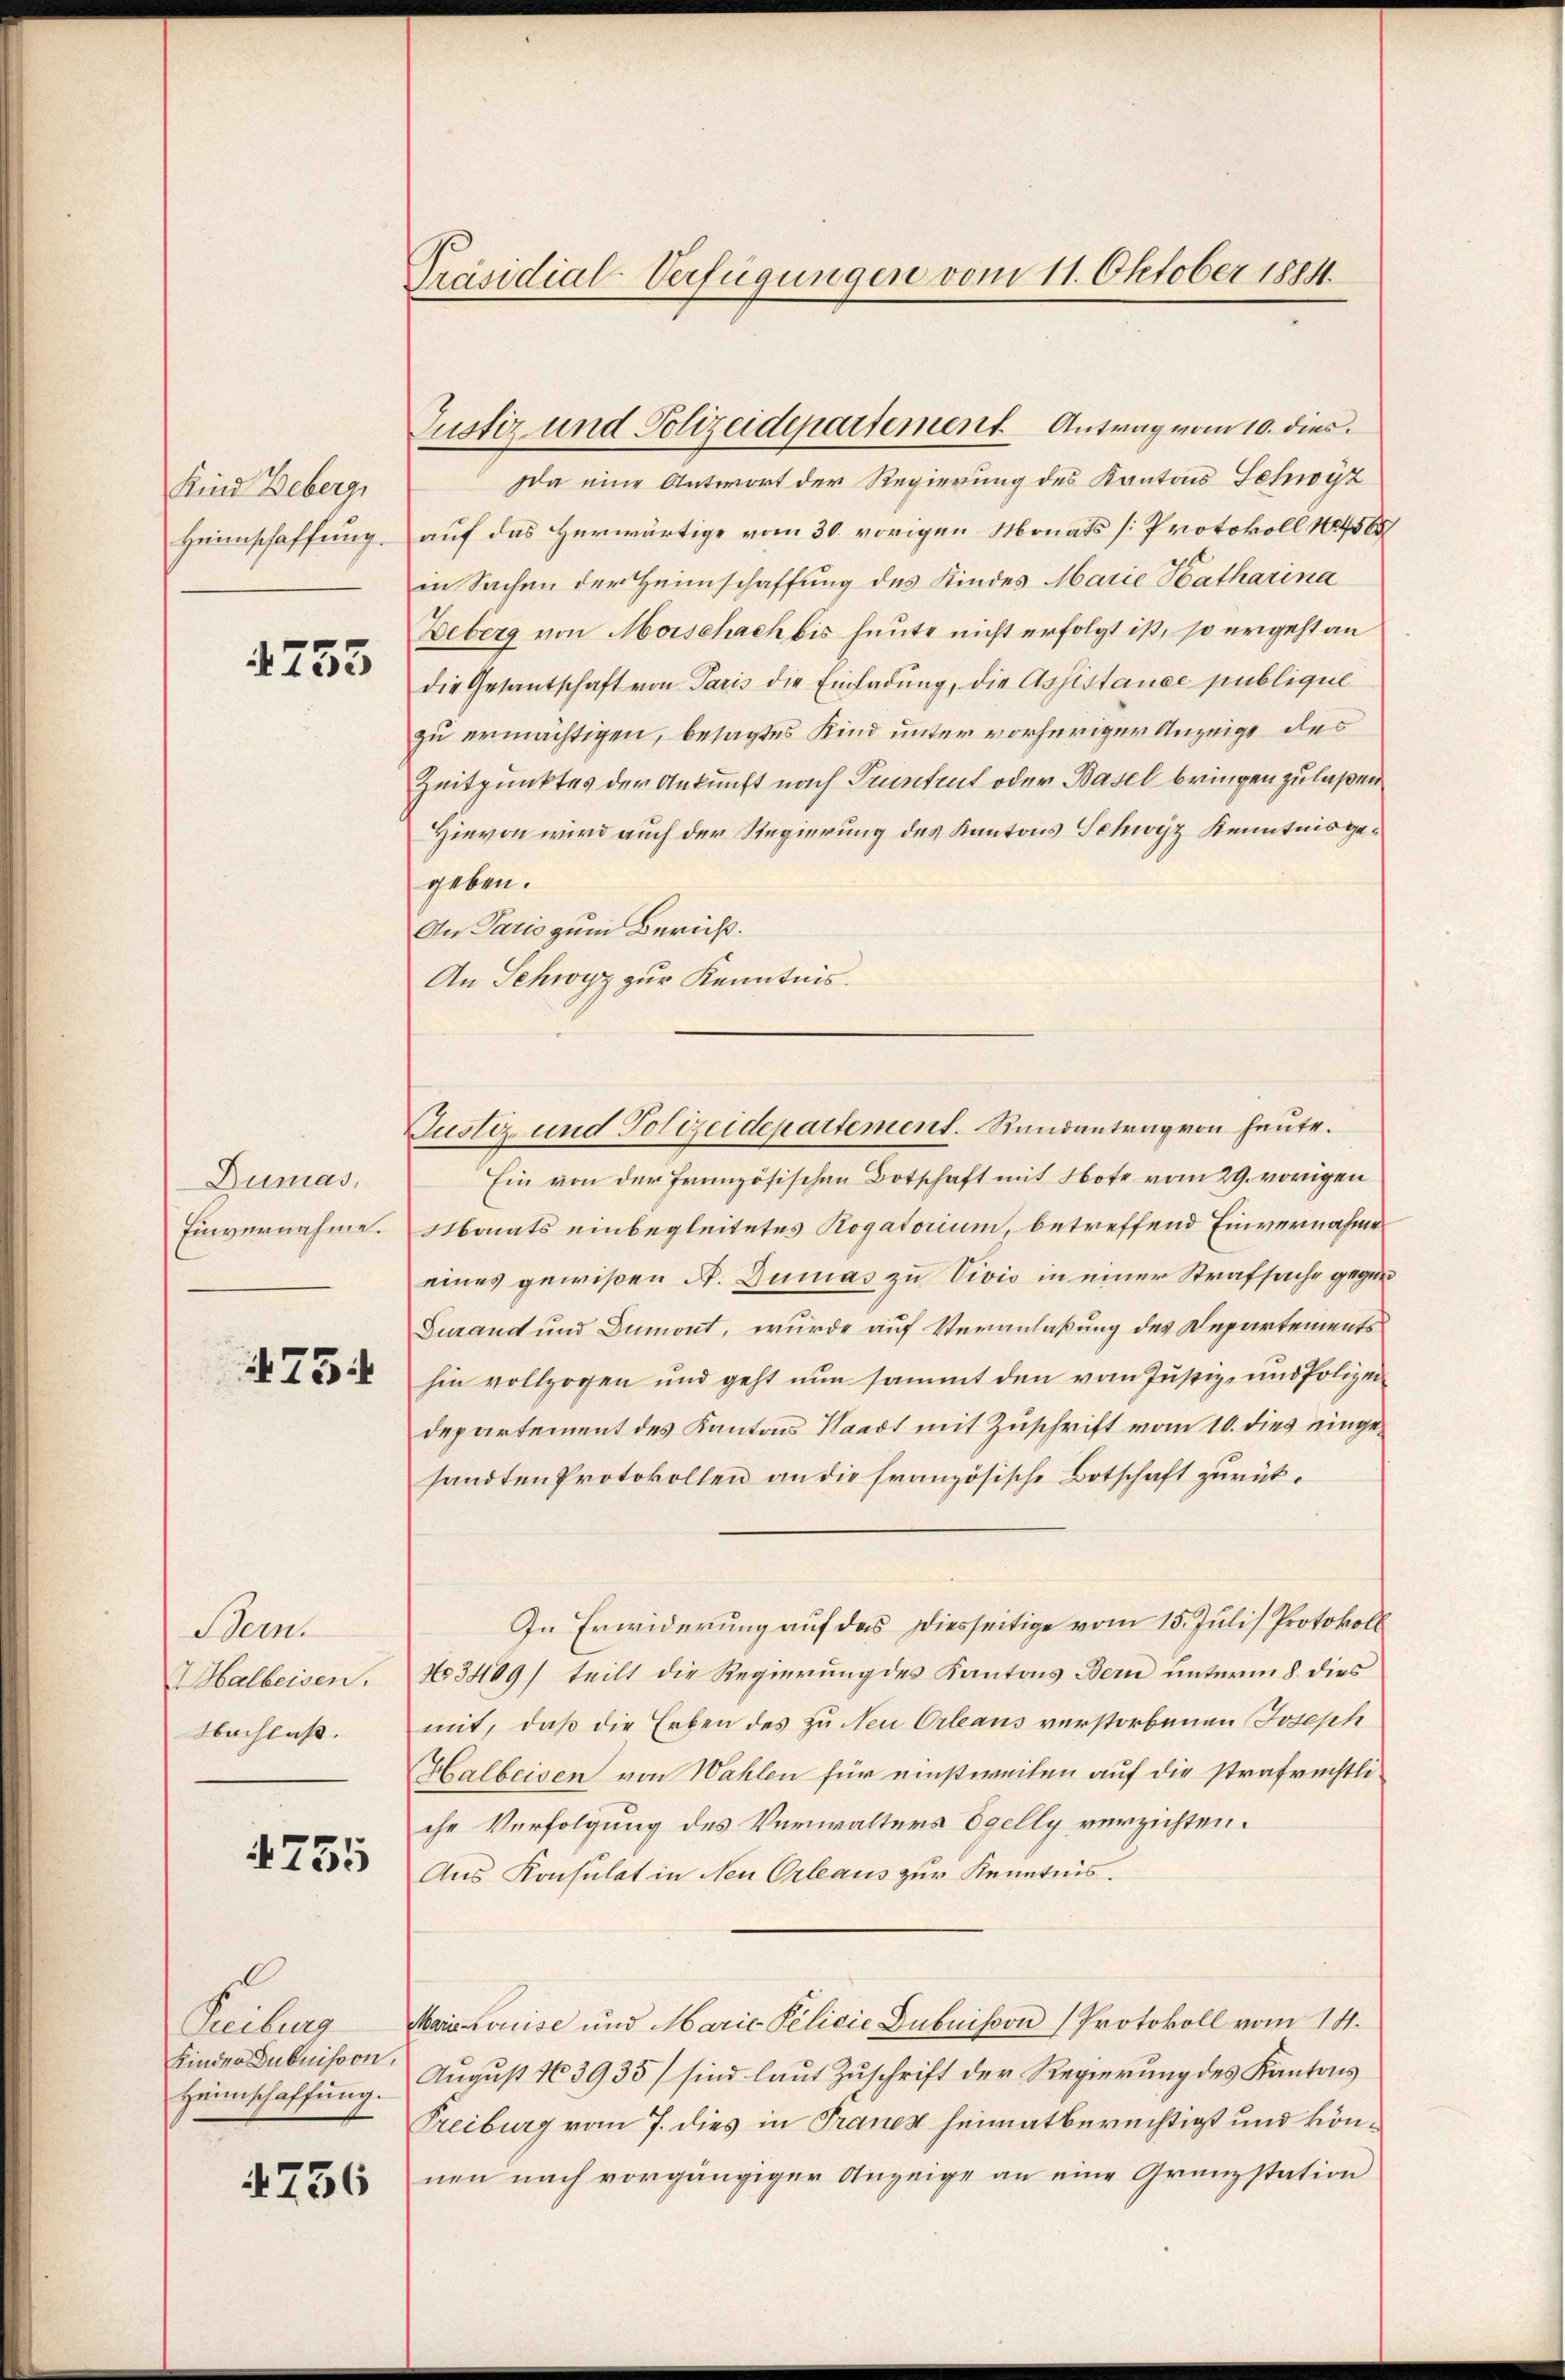
Kind Beberg,
Heimschaffung.

1755

Dumas,
Einvernahme.

475

Stern
HHalbeisen.
Nachlass.

755

Kinder Dubuisson.
Heimschaffung.

4756

Präsidial-Verfügungen vom 11. Oktober 1814.

da eine Antwort der Regierung des Kantons Schwyz
auf das Herwärtige vom 30. vorigen Monats [Protokoll No 4505
in Sachen der Heimschaffung des Kindes Marie Katharina
Deberg von Morschach bis heute nicht erfolgt ist, so ergeht an
die Gesantschaft von Paris die Einladung, die Assistance publique
zu ermächtigen, besagtes Kind unter vorheriger Anzeige des
Zeitpunktes der Ankunft nach Truntrut oder Basel bringen zu laßen
Hievon wird auch der Regierung des Kantons Schwyz Kenntnis gegeben.
An Paris zum Bericht.
An Schwyz zur Kenntnis.
Ein von der französischen Botschaft mit Note vom 29. vorigen
Monats einbegleitetes Rogatorium, betreffend Einvernahme
eines gewißen A. Dumas zu Vivio in einer Strafsache gegen
Durand und Dumont, wurde auf Veranlaßung des Departements
hin vollzogen und geht nun sammt den vom Justiz- und Polizei-
departement des Kantons Waadt mit Zuschrift vom 10. dies eingesandten Protokollen an die französische Botschaft zurück¬
In Erwiderung auf das Diesseitige vom 15. Juli) Protokoll
No 3409) teilt die Regierung des Kantons Bern unterm 8. dies
mit, daß die Erben des zu Neu Orleaus verstorbenen Joseph
Halbeisen von Wahlen für einstweilen auf die strafrechtliche Verfolgung des Verwalters Egelly verzichten.
Aus Konsulat in Neu Orleaus zur Kenntnis.
Freiburg Maria Louise und Marie Pelicie Dubuisson (Protokoll vom 14.
August No 3935) sind laut Zuschrift der Regierung des Kantons
Treiburg vom 7. dies in Trauen heimatberechtigt und können nach vorgängiger Anzeige an eine Grenzstation

Justiz und Polizeidepartement Antrag vom 10. dies

Justiz und Polizeidepartement. Randantrag von heute.